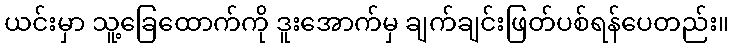
ယင်းမှာ သူ့ခြေထောက်ကို ဒူးအောက်မှ ချက်ချင်းဖြတ်ပစ်ရန်ပေတည်း။